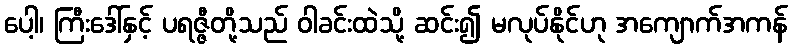
ပေါ့၊ ကြီးဒေါ်နှင့် ပရဇ္ဇီတို့သည် ဝါခင်းထဲသို့ ဆင်း၍ မလုပ်နိုင်ဟု အကျောက်အကန်